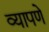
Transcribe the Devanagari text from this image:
व्यापणे